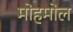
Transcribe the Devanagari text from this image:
मोहमोल